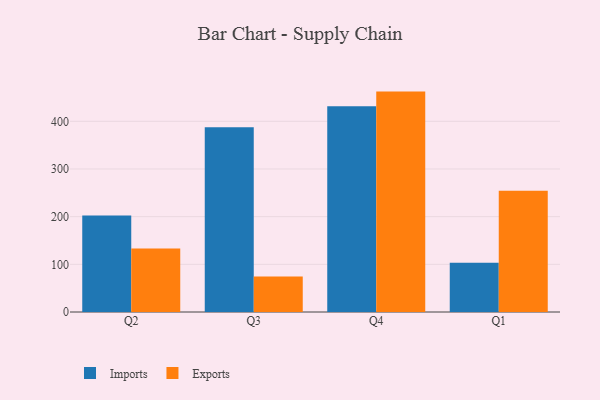
{"axis": {"x": "Quarter", "y": "Customer Acquisition Cost (USD)"}, "legend": ["Exports", "Imports"], "data": [{"x": "Q2", "y": 202.4, "type": "Imports"}, {"x": "Q2", "y": 133.0, "type": "Exports"}, {"x": "Q3", "y": 387.4, "type": "Imports"}, {"x": "Q3", "y": 74.5, "type": "Exports"}, {"x": "Q4", "y": 431.5, "type": "Imports"}, {"x": "Q4", "y": 462.3, "type": "Exports"}, {"x": "Q1", "y": 103.3, "type": "Imports"}, {"x": "Q1", "y": 254.4, "type": "Exports"}]}